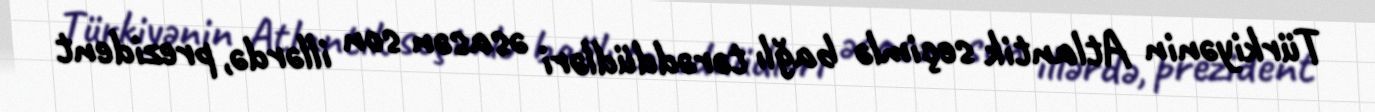
Türkiyənin Atlantik seçimlə bağlı tərəddüdləri əsasən son illərdə, prezident